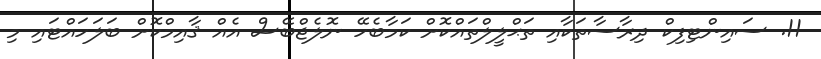
11. ސައިންޓިފިކް ދިރާސާތަކާއި ތަޙްލީލްތައްކޮށް ކަމާބެހޭ ނޮލެޖްބޭސް އެއް ޤާއިމްކޮށް ބަލަހައްޓައި މި